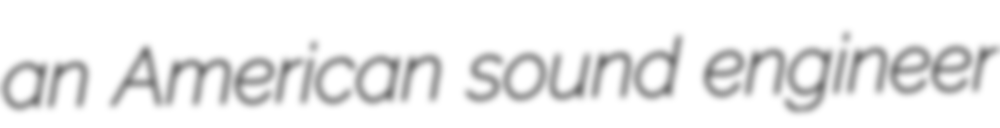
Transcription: an American sound engineer